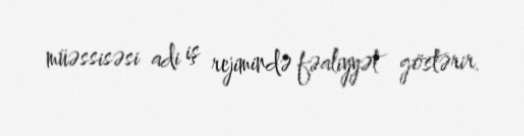
müəssisəsi adi iş rejimində fəaliyyət göstərir.